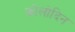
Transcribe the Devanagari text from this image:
कोलोदिन